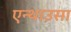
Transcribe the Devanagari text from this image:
एन्थाउसा